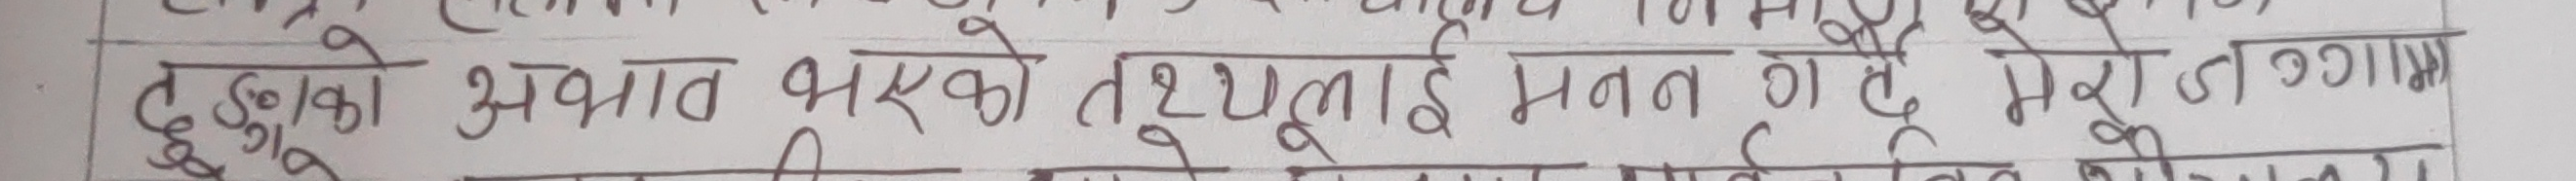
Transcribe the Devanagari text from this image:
त्युको अभाब भएको दृश्यलाई मनन गर्दें मेरो उज्जागर